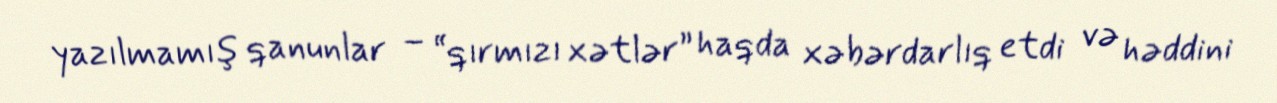
yazılmamış qanunlar – “qırmızı xətlər” haqda xəbərdarlıq etdi və həddini